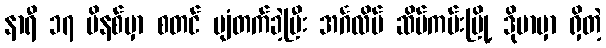
နာရီ ၁၇ မိနစ်မှာ စတင် ပျံတက်ခဲ့ပြီး အင်္ဂလိပ် ဆိပ်ကမ်းမြို့ ဒိုဗာမှာ ရှိတဲ့